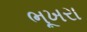
ભૂખરા